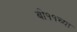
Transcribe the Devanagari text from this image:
बी११च्या